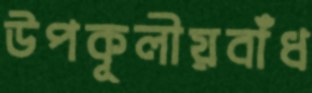
উপকূলীয়বাঁধ